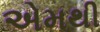
એમથી